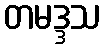
တမဒ္ဒသ